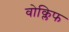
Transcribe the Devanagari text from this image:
वोक्लिफ